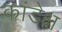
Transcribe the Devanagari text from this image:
कांडेक्ष